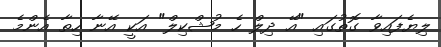
ލިޔެފައިވާ ގޮތުގައި "އޭ ދިލް ހެ މުޝްކިލް" އަކީ އޭނާ ހިތާ އެންމެ